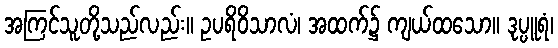
အကြင်သူတို့သည်လည်း။ ဥပရိဝိသာလံ၊ အထက်၌ ကျယ်ထသော။ ဒုပ္ပူရံ၊